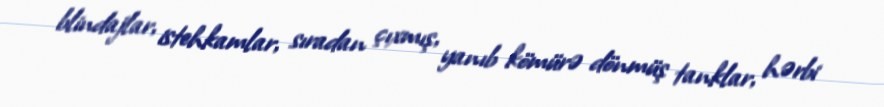
blindajlar, istehkamlar, sıradan çıxmış, yanıb kömürə dönmüş tanklar, hərbi